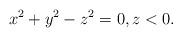
LaTeX: \begin{align*}x^2+y^2-z^2=0,z<0.\end{align*}